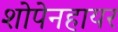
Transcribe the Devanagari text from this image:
शोपेनहायर